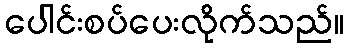
ပေါင်းစပ်ပေးလိုက်သည်။